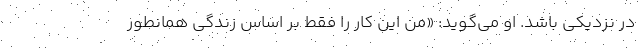
در نزدیکی باشد. او می‌گوید: «من این کار را فقط بر اساس زندگی همانطور